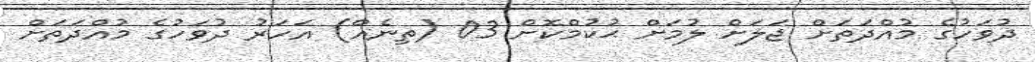
ދުވަހުގެ މުއްދަތަށް ޖަލަށް ލުމަށް ޙުކުމްކޮށް 03 (ތިނެއް) އަހަރު ދުވަހުގެ މުއްދަތަށް